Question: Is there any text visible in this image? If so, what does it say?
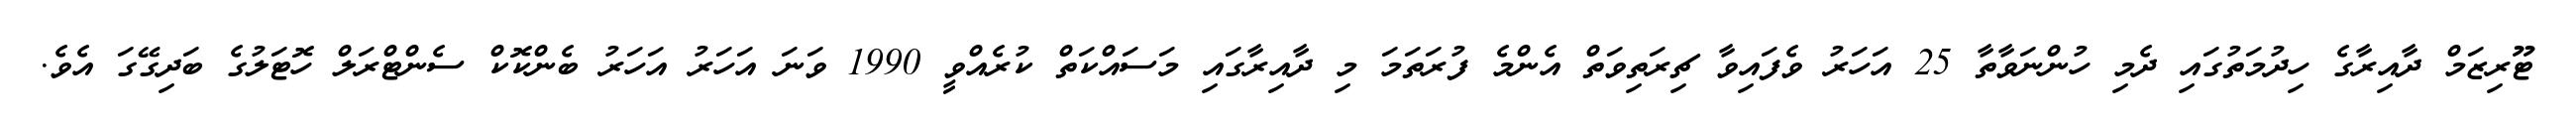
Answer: ޓޫރިޒަމް ދާއިރާގެ ހިދުމަތުގައި ދެމި ހުންނަވާތާ 25 އަހަރު ވެފައިވާ ޗިރަތިވަތް އެންމެ ފުރަތަމަ މި ދާއިރާގައި މަސައްކަތް ކުރެއްވީ 1990 ވަނަ އަހަރު އަހަރު ބެންކޮކް ސެންޓްރަލް ހޮޓަލުގެ ބަދިގޭގަ އެވެ.